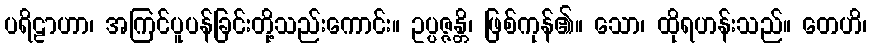
ပရိဠာဟာ၊ အကြင်ပူပန်ခြင်းတို့သည်းကောင်း။ ဥပ္ပဇ္ဇန္တိ၊ ဖြစ်ကုန်၏။ သော၊ ထိုရဟန်းသည်။ တေဟိ၊